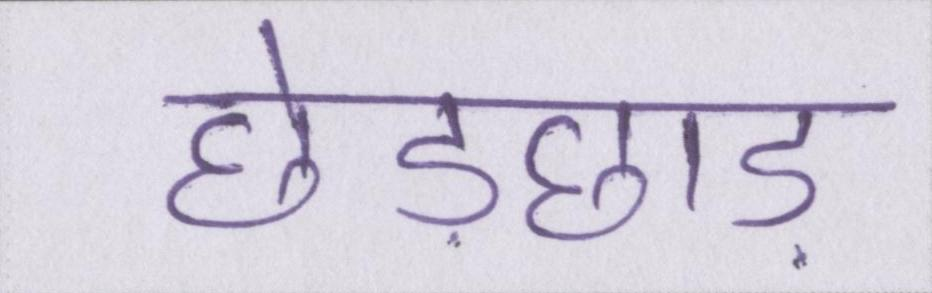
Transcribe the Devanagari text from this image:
छेड़छाड़